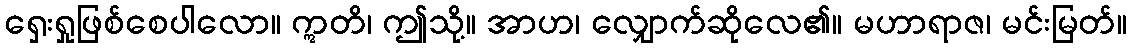
ရှေးရှုဖြစ်စေပါလော။ ဣတိ၊ ဤသို့။ အာဟ၊ လျှောက်ဆိုလေ၏။ မဟာရာဇ၊ မင်းမြတ်။